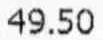
49.50